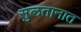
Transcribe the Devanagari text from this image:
सुलतानात